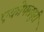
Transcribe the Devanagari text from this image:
एकोपलपुरी